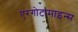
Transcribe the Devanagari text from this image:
एरगोटामाइन्स